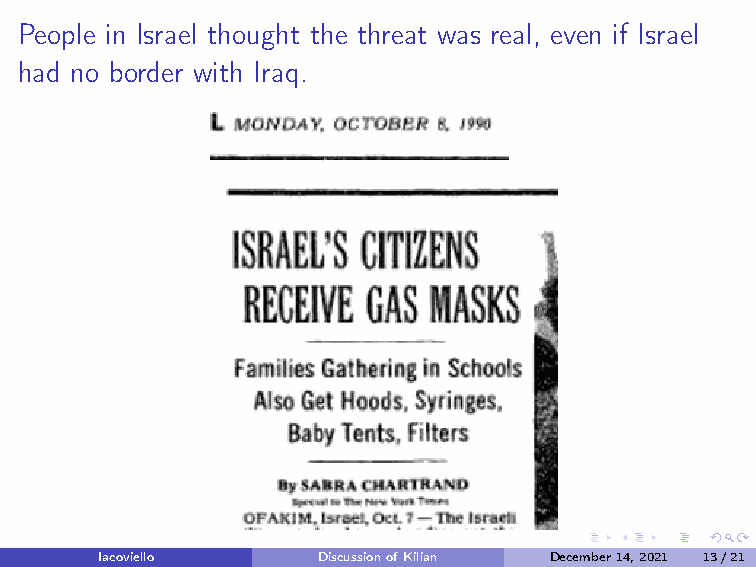
People in Israel thought the threat was real, even if Israel
 had no border with Iraq.
 Iacoviello     DiscussionofKilian December14,2021 13/21